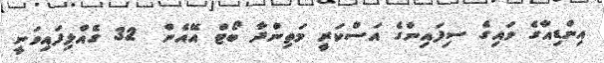
އިންޑިއާގެ ވައިގެ ސިފައިންގެ އަސްކަރީ މަތިންދާ ބޯޓް އޭއެން  32 ގެއްލިފައިވަނީ